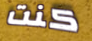
كنت